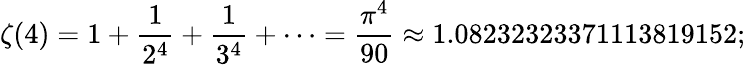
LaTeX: \zeta(4)=1+{\frac{1}{2^{4}}}+{\frac{1}{3^{4}}}+\cdots={\frac{\pi^{4}}{90}}\approx 1.08232323371113819152;